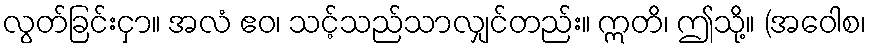
လွတ်ခြင်းငှာ။ အလံ ဧဝ၊ သင့်သည်သာလျှင်တည်း။ ဣတိ၊ ဤသို့။ (အဝေါစ၊